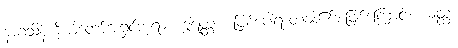
နာဂသိန်ကိုယ်တော်အရှင်ဘုရား။ ဒွါရတ္တာ၊ ဖြစ်ပေါ်ရာတံခါး၏အဖြစ်ကြောင့်။ ယတ္ထ၊